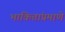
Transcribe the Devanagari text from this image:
भाकितांप्रमाणे